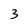
Character: 3